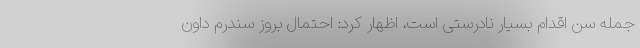
جمله سن اقدام بسیار نادرستی است، اظهار کرد: احتمال بروز سندرم داون